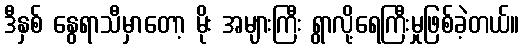
ဒီနှစ် နွေရာသီမှာတော့ မိုး အများကြီး ရွာလို့ရေကြီးမှုဖြစ်ခဲ့တယ်။